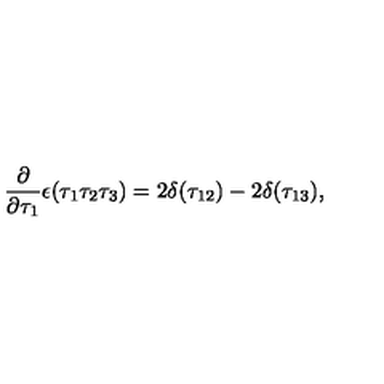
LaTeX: \frac { \partial } { \partial \tau _ { 1 } } \epsilon ( \tau _ { 1 } \tau _ { 2 } \tau _ { 3 } ) = 2 \delta ( \tau _ { 1 2 } ) - 2 \delta ( \tau _ { 1 3 } ) ,